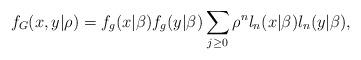
LaTeX: \begin{align*}f_{G}(x,y|\rho )=f_{g}(x|\beta )f_{g}(y|\beta )\sum_{j\geq 0}\rho^{n}l_{n}(x|\beta )l_{n}(y|\beta ), \end{align*}